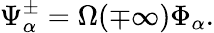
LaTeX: \Psi_{\alpha}^{\pm}=\Omega(\mp\infty)\Phi_{\alpha}.